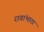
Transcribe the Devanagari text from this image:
रावांभाठा